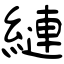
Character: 縺